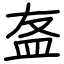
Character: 𥁊